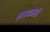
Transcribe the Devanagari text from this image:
सप्तकोसी